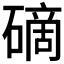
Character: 𥕐